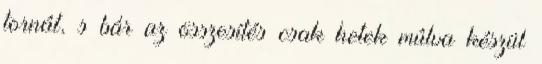
tornát, s bár az összesítés csak hetek múlva készül